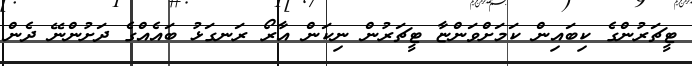
ޓީޗަރުންގެ ކިބައިން ކަމަށްވަންޏާ ޓީޗަރުން ނިކަން އާރޯ ރަނގަޅު ބައެއްގެ ދަށުންނޭ ދެން